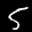
Label: 5